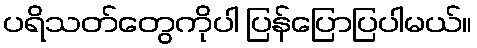
ပရိသတ်တွေကိုပါ ပြန်ပြောပြပါမယ်။